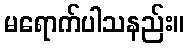
မရောက်ပါသနည်း။